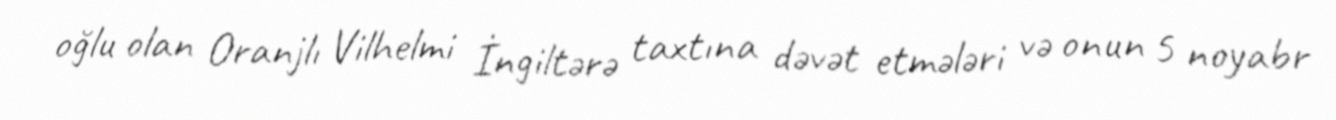
oğlu olan Oranjlı Vilhelmi İngiltərə taxtına dəvət etmələri və onun 5 noyabr